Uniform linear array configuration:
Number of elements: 24
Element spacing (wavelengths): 0.5
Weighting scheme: hamming
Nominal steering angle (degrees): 30
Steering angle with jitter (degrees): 29.358
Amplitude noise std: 0.05
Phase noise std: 0.05

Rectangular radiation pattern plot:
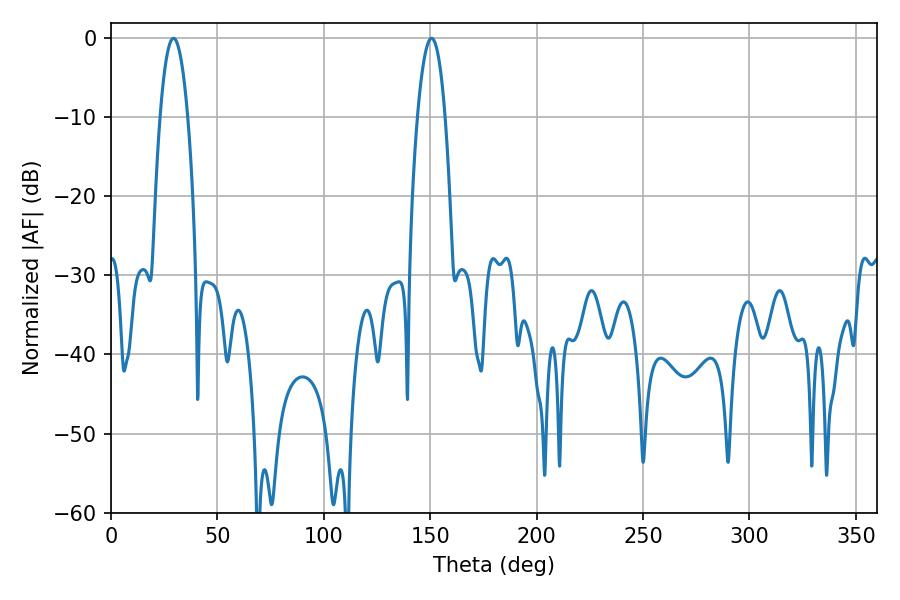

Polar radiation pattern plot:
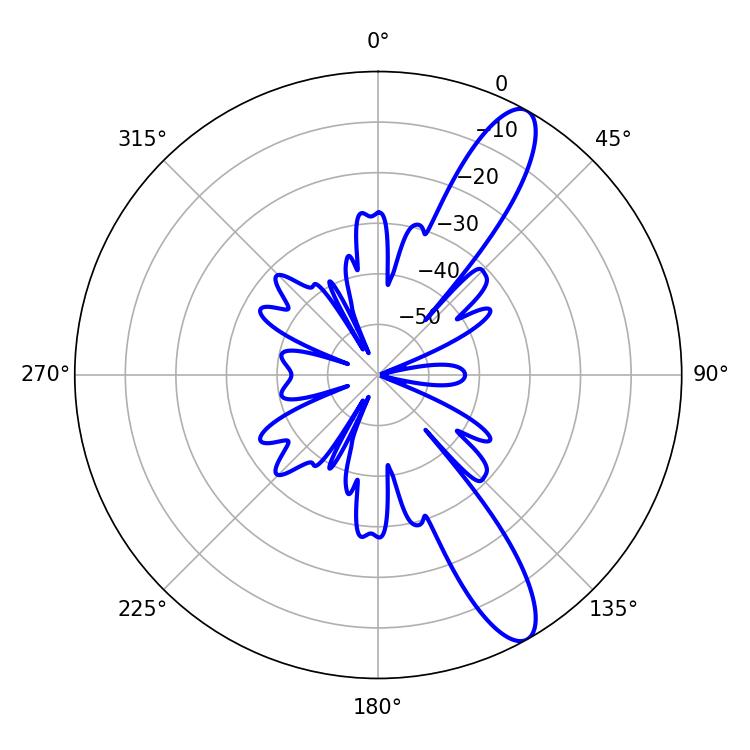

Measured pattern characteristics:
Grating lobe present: FALSE
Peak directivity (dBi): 11.793
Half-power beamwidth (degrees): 7.02
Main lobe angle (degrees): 29.34